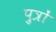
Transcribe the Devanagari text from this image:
पु़त्रों